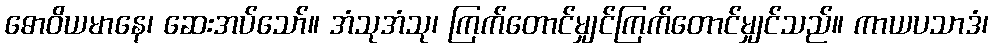
ဓောဝိယမာနေ၊ ဆေးအပ်သော်။ အံသုအံသု၊ ကြက်တောင်မျှင်ကြက်တောင်မျှင်သည်။ ကာယပသာဒံ၊